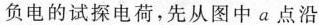
负电的试探电荷，先从图中a点沿